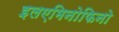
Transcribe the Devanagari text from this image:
इलएमिनोफिनो